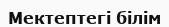
Мектептегі білім